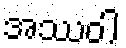
အဿဝါ